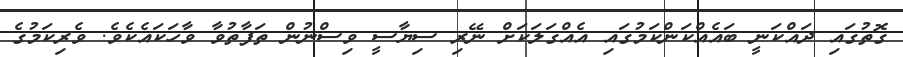
ގޮތުގައި ދައްކަނީ ބައެއްކަންކަމުގައި އެއްގަލަކަށް ނޭރި ސިޔާސީ ވިސްނުން ތަފާތުވާ ވާހަކައެކެވެ. ވެރިކަމުގެ